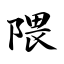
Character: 隈